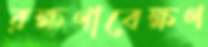
রক্ষণাবেক্ষণ